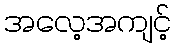
အလေ့အကျင့်